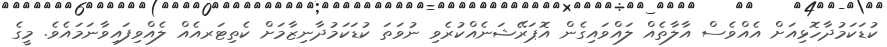
ކުޑަކަމުދާހޮޅިއަށް އެއްވެސް އާލާތެއް ލައްވައިގެން އޮޕަރޭޝަނެއްކުރެވި ނުވަތަ ކުޑަކަމުދާނިޒާމަށް ކެތިޓަރއެއް ލެއްވިފައިވާނަމައެވެ. މީގެ